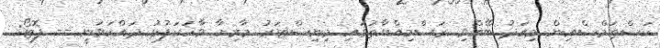
ކަސްޓަމްސްއިން މިއަދު ބޭއްވި ރަސްމިއްޔާތުގައި މިނިސްޓަރު މާރިޔާ ވާހަކަފުޅު ދައްކަވަނީ -- ފޮޓޯ: